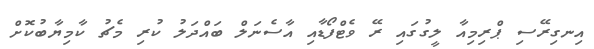
އިނގިރޭސި ޕްރިމިއާ ލީގުގައި ރޭ ވެޓްފޯޑާއި އާސެނަލް ބައްދަލު ކުރި މެޗު ކާމިޔާބުކޮށް